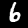
Label: 6